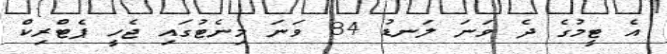
އެ ޓީމުގެ ދެ ވަނަ ލަނޑު 84 ވަނަ މިނެޓުގައި ޖެހީ ޕެޓްރިކް